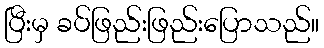
ပြီးမှ ခပ်ဖြည်းဖြည်းပြောသည်။